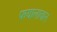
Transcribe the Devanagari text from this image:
फयालावान